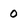
Character: o